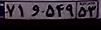
۷۱و۵۴۹۵۳